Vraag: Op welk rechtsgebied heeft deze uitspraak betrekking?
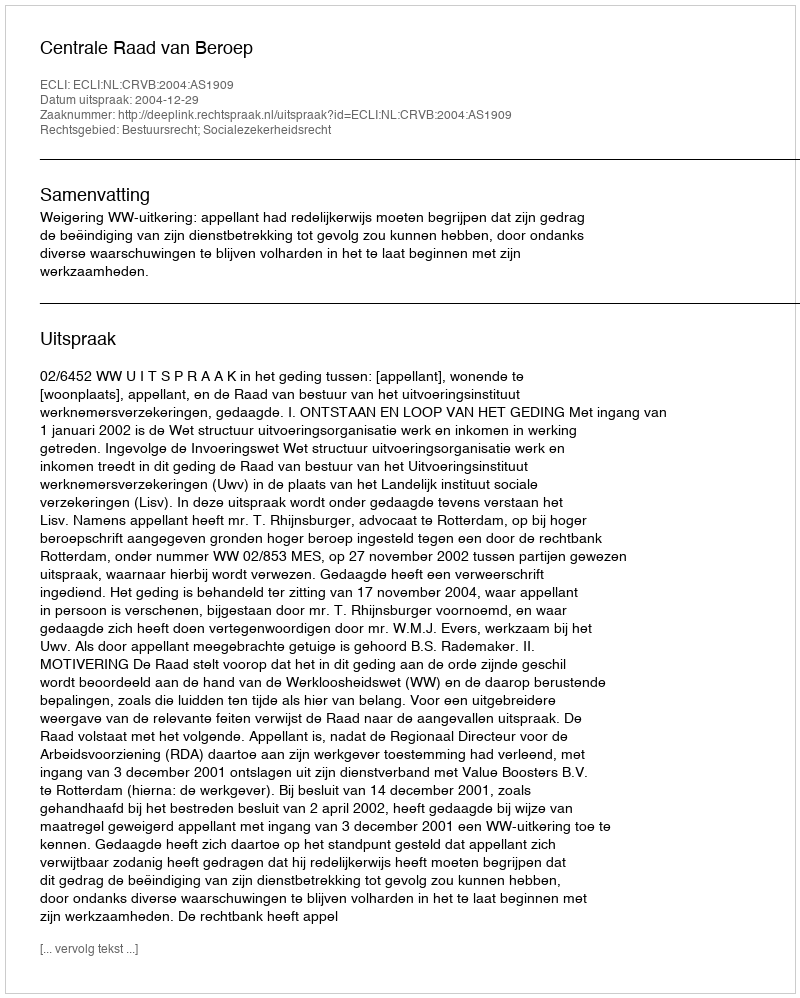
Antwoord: Bestuursrecht; Socialezekerheidsrecht